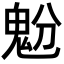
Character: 𩲝